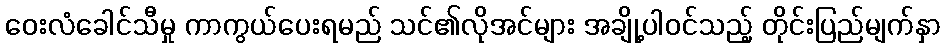
ဝေးလံခေါင်သီမှု ကာကွယ်ပေးရမည် သင်၏လိုအင်များ အချို့ပါဝင်သည့် တိုင်းပြည်မျက်နှာ